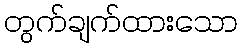
တွက်ချက်ထားသော